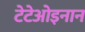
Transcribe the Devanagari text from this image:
टेटेओइनान